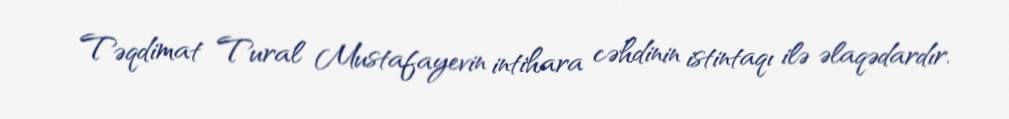
Təqdimat Tural Mustafayevin intihara cəhdinin istintaqı ilə əlaqədardır.